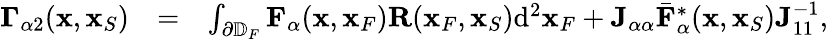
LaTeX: \begin{array}{rlr}{{\mathbf\Gamma}_{\alpha 2}({\mathbf x},{\mathbf x}_{S})}&{=}&{\int_{\partial\mathbb{D}_{F}}{\mathbf F}_{\alpha}({\mathbf x},{\mathbf x}_{F}){\mathbf R}({\mathbf x}_{F},{\mathbf x}_{S})\mathrm{d}^{2}{\mathbf x}_{F}+{\mathbf J}_{\alpha\alpha}{{\bar{\mathbf F}}}_{\alpha}^{*}({\mathbf x},{\mathbf x}_{S}){\mathbf J}_{11}^{-1},}\end{array}